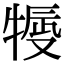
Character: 𤚿